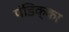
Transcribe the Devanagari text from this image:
पंडिक्का